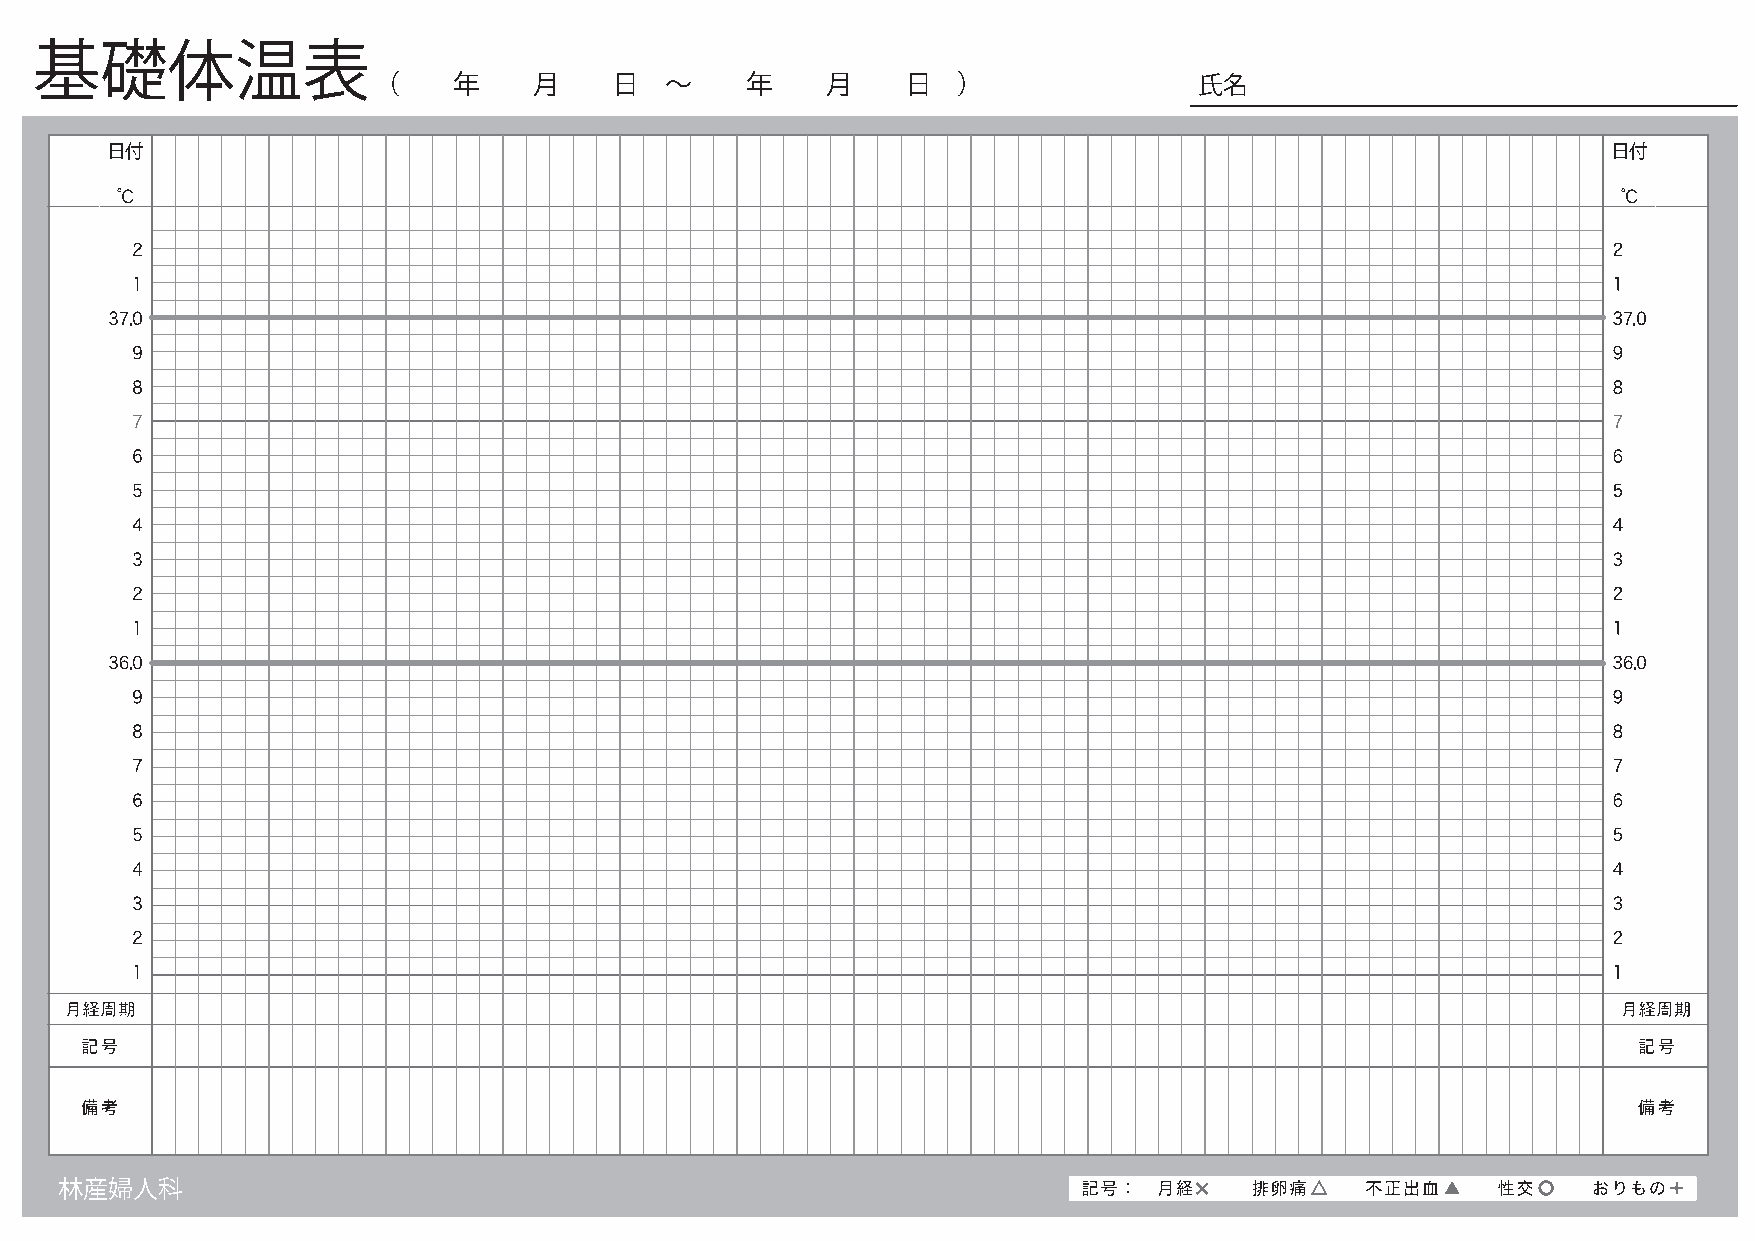
基礎体温表
 （    年    月     日  〜    年     月    日  ）               氏名
 日付                                                                                                  日付
 林産婦人科